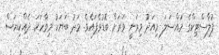
ޕުލާސްޓިކްގެ މައްސަލަ މިއަދު މިވަނީ ވަރަށް ބޮޑުވެފައެވެ. މަދު ބަޔަކު މިވާހަކަ ދެއްކިޔަސް